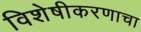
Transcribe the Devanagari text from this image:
विशेषीकरणाचा